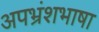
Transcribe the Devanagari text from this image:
अपभ्रंशभाषा